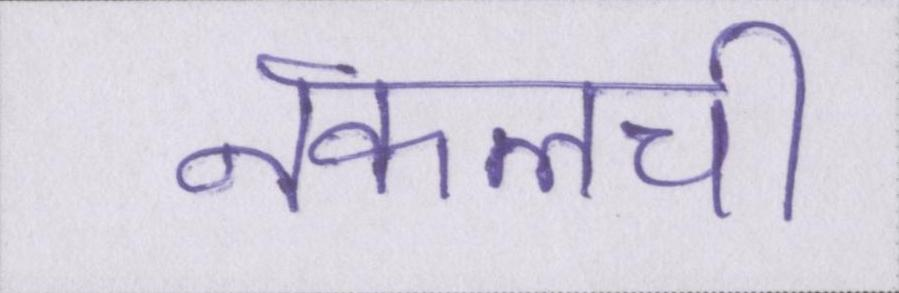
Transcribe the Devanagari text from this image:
नकलची